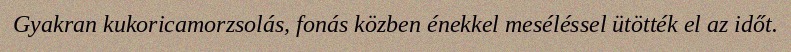
Gyakran kukoricamorzsolás, fonás közben énekkel meséléssel ütötték el az időt.